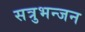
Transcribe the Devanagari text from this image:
सत्रुभन्जन